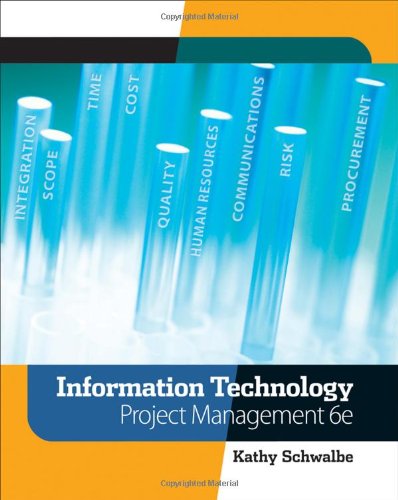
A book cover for Information Technology Project Management (with Microsoft Project 2007 CD-ROM); Kathy Schwalbe; Computers & Technology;